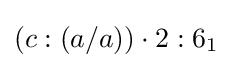
(c:(a/a))\cdot 2:6_{1}